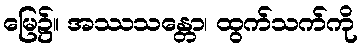
မြေ၌။ အဿသန္တော၊ ထွက်သက်ကို